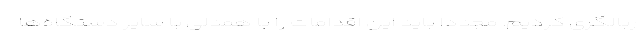
ربالگری کردیم. مجددا باید این اقدامات را با همدلی با سایر دستگاه‌ها